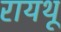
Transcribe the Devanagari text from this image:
रायथू